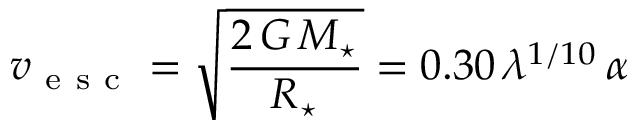
v _ { \mathrm { ~ e ~ s ~ c ~ } } = \sqrt { \frac { 2 \, G \, M _ { \star } } { R _ { \star } } } = 0 . 3 0 \, \lambda ^ { 1 / 1 0 } \, \alpha